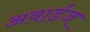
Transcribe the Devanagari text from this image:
अवार्डज